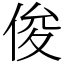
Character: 俊